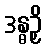
ဒန္ဓဉှိ